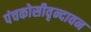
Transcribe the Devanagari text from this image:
पंचकोसीवृन्दावन